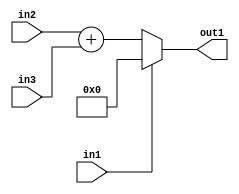
`timescale 1ps / 1ps
/*****************************************************************************
    Verilog RTL Description
    
    
    Created by: Stratus DpOpt 21.05.01 
*******************************************************************************/

module dut_entirecomputation_alt13_4 (
	in1,
	in2,
	in3,
	out1
	); /* architecture "behavioural" */ 
input  in1;
input [6:0] in2,
	in3;
output [7:0] out1;
wire [7:0] asc001,
	asc002;

assign asc002 = 
	+(in2)
	+(in3);

reg [7:0] asc001_tmp_0;
assign asc001 = asc001_tmp_0;
always @ (in1 or asc002) begin
	case (in1)
		1'B1 : asc001_tmp_0 = 8'B00000000 ;
		default : asc001_tmp_0 = asc002 ;
	endcase
end

assign out1 = asc001;
endmodule

/* CADENCE  v7L5TQk= : u9/ySxbfrwZIxEzHVQQV8Q== ** DO NOT EDIT THIS LINE ******/